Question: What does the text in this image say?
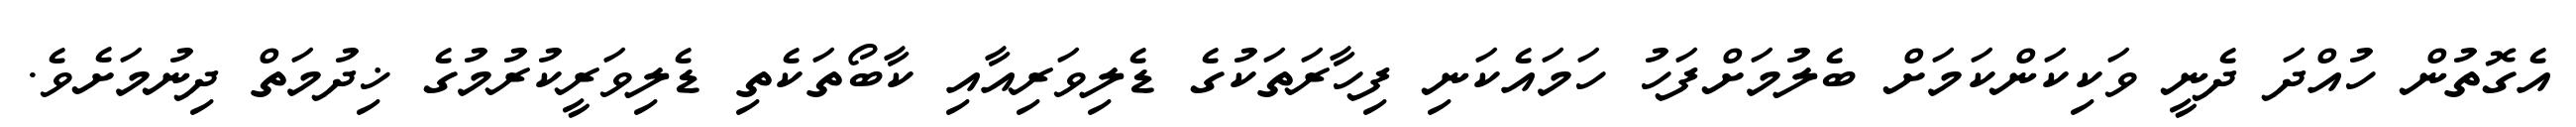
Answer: އެގޮތުން ހުއްދަ ދެނީ ވަކިކަންކަމަށް ބެލުމަށްފަހު ހަމައެކަނި ފިހާރަތަކުގެ ޑެލިވަރިއާއި ކާބޯތަކެތި ޑެލިވަރީކުރުމުގެ ޚިދުމަތް ދިނުމަށެވެ.